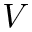
V